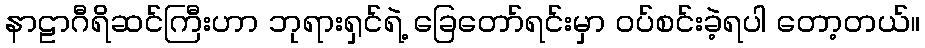
နာဠာဂီရိဆင်ကြီးဟာ ဘုရားရှင်ရဲ့ ခြေတော်ရင်းမှာ ဝပ်စင်းခဲ့ရပါ တော့တယ်။